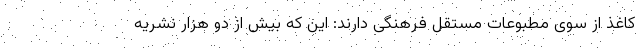
کاغذ از سوی مطبوعات مستقل فرهنگی دارند: این که بیش از دو هزار نشریه